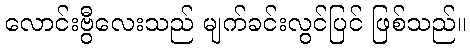
လောင်းဗွီလေးသည် မျက်ခင်းလွင်ပြင် ဖြစ်သည်။